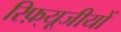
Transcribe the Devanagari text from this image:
रिफ़्यूजीयों